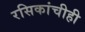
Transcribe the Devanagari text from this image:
रसिकांचीही